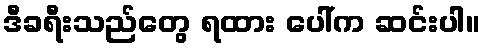
ဒီခရီးသည်တွေ ရထား ပေါ်က ဆင်းပါ။